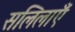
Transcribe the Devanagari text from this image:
सलिलाएँ